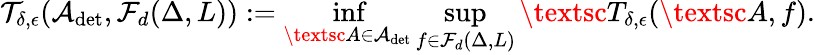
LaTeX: \mathcal{T}_{\delta,\epsilon}(\mathcal{A}_{\operatorname*{det}},\mathcal{F}_{d}(\Delta,L)):=\operatorname*{inf}_{\textsc{A}\in\mathcal{A}_{\operatorname*{det}}}\operatorname*{sup}_{f\in\mathcal{F}_{d}(\Delta,L)}\textsc{T}_{\delta,\epsilon}(\textsc{A},f).